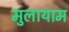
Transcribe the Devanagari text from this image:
मुलायाम